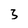
Character: 3